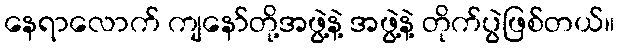
နေရာလောက် ကျနော်တို့အဖွဲ့နဲ့ အဖွဲ့နဲ့ တိုက်ပွဲဖြစ်တယ်။